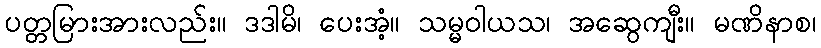
ပတ္တမြားအားလည်း။ ဒဒါမိ၊ ပေးအံ့။ သမ္မဝါယသ၊ အဆွေကျီး။ မဏိနာစ၊